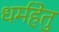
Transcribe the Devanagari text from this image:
धर्महेतु